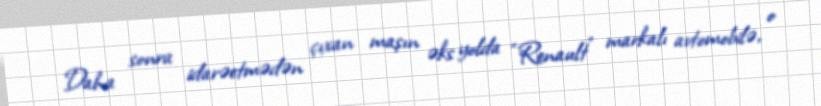
Daha sonra idarəetmədən çıxan maşın əks yolda “Renault” markalı avtomobilə, o